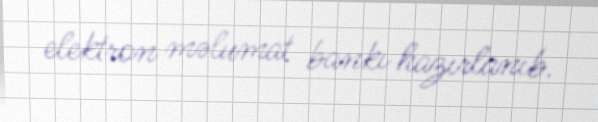
elektron məlumat bankı hazırlanıb.